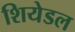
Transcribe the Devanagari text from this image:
शियेडल